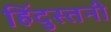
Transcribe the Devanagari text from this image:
हिंदुस्तनी